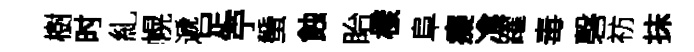
樹时糺幌遞足苧蜑蝕眙樣阜癡飡躍毒磬祊抹